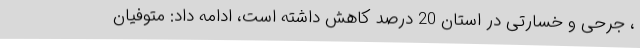
، جرحی و خسارتی در استان 20 درصد کاهش داشته است، ادامه داد: متوفیان